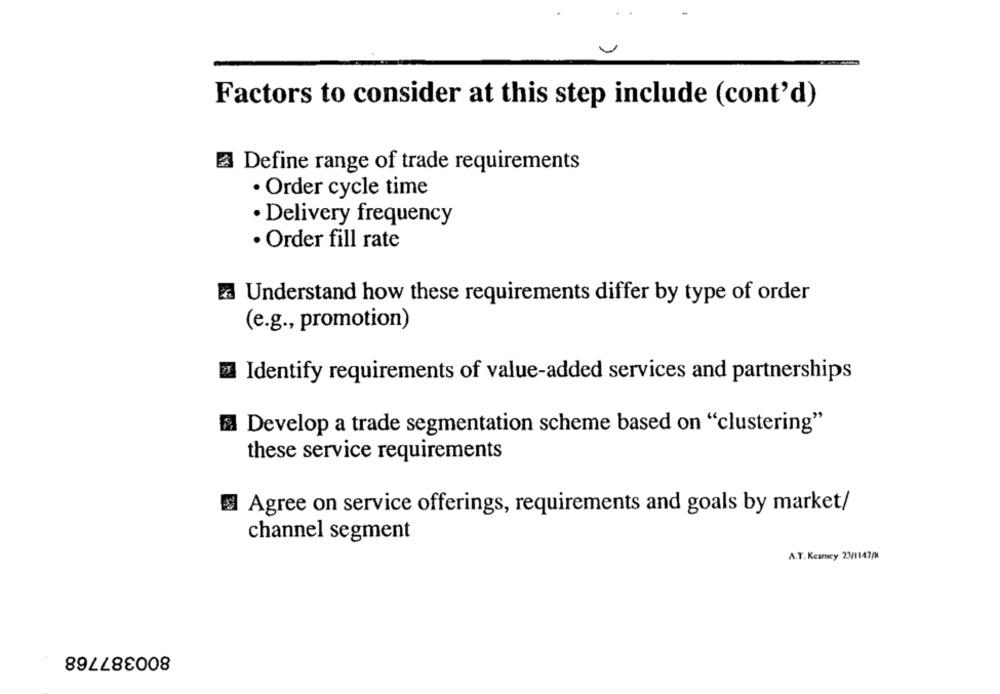
Factors to consider at this step include (cont'd)
Define range of trade requirements
· Order cycle time
· Delivery frequency
· Order fill rate
a Understand how these requirements differ by type of order
(e.g ., promotion)
Identify requirements of value-added services and partnerships
Develop a trade segmentation scheme based on "clustering"
these service requirements
Agree on service offerings, requirements and goals by market/
channel segment
A.T. Kearney 23/1147/8
800387768